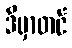
ဒီမှာတင်